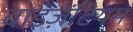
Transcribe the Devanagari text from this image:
बाइज़ेंटियम